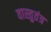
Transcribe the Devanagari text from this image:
वास्तुतंत्र